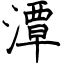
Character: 潭